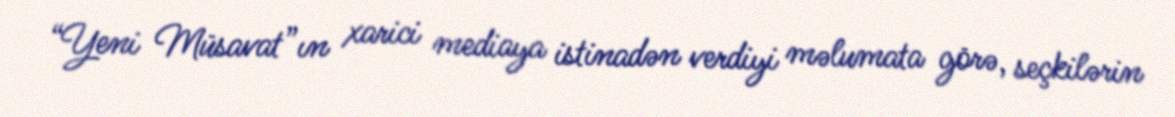
“Yeni Müsavat”ın xarici mediaya istinadən verdiyi məlumata görə, seçkilərin